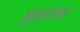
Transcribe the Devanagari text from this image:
बुहारकर